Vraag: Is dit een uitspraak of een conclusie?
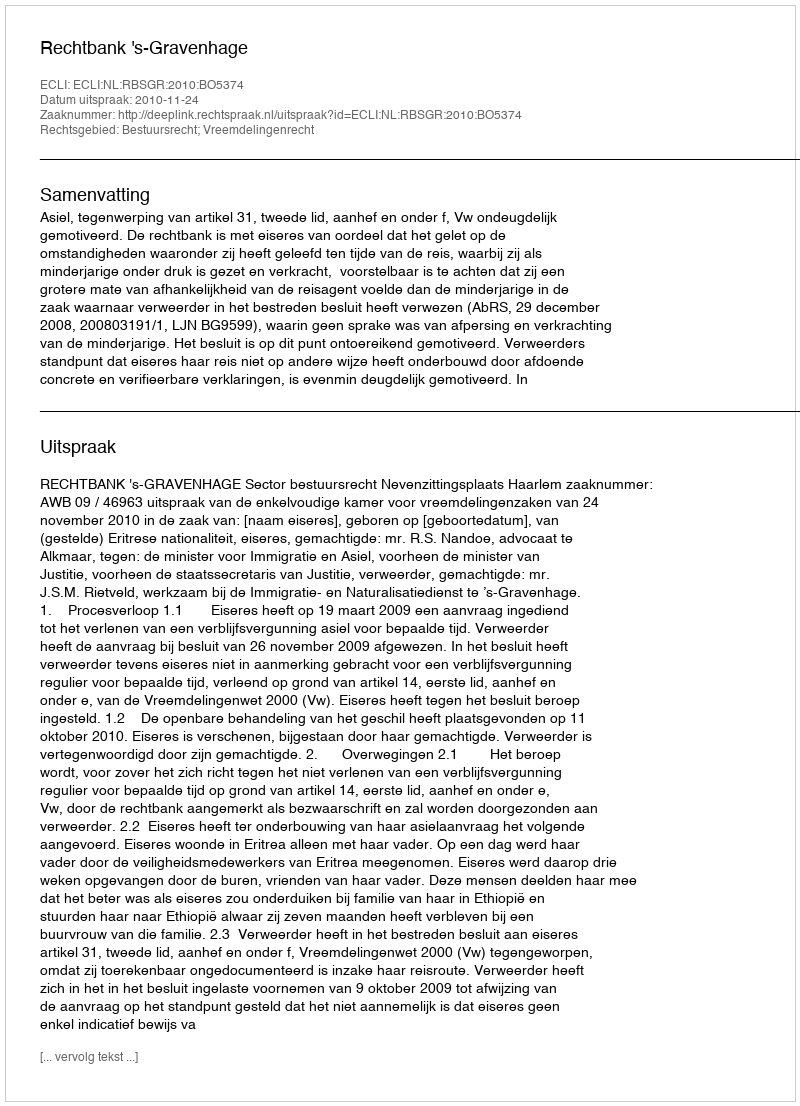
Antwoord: Uitspraak